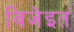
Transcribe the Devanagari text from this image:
विजेइत